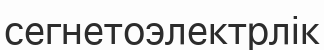
сегнетоэлектрлік